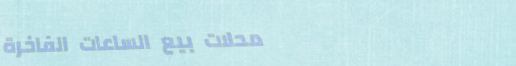
محلات بيع الساعات الفاخرة